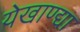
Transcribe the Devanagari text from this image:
येखाण्द्या